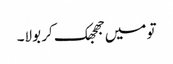
تو میں جھجھک کر بولا۔